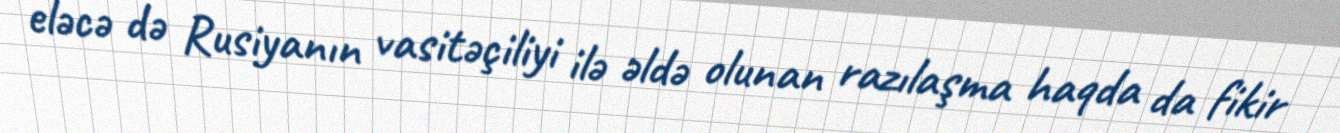
eləcə də Rusiyanın vasitəçiliyi ilə əldə olunan razılaşma haqda da fikir